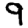
Digit: 9